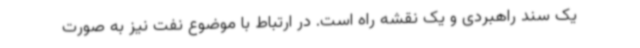
یک سند راهبردی و یک نقشه راه است. در ارتباط با موضوع نفت نیز به صورت